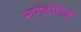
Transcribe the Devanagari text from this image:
मार्गदर्शिक